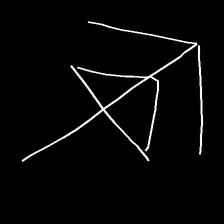
Glyph: pull